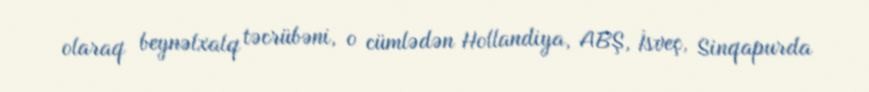
olaraq beynəlxalq təcrübəni, o cümlədən Hollandiya, ABŞ, İsveç, Sinqapurda